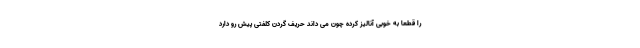
را قطعا به خوبی آنالیز کرده چون می داند حریف گردن کلفتی پیش رو دارد